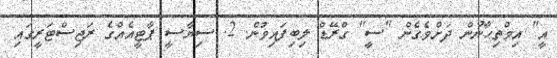
އީ" އިމްތިޙާނުން ދަށްވެގެން "ސީީ" ގްރޭޑް ލިބިފައިވުން. 2. ސިޔާސީ ޕާޓީއެއްގެ ރަޖިސްޓަރީގައި